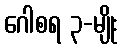
ဂေါစရ ၃-မျိုး